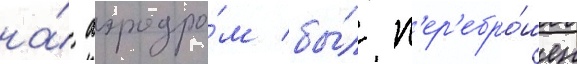
на́ аэродро́м бы́л п'ер'ебро́шен